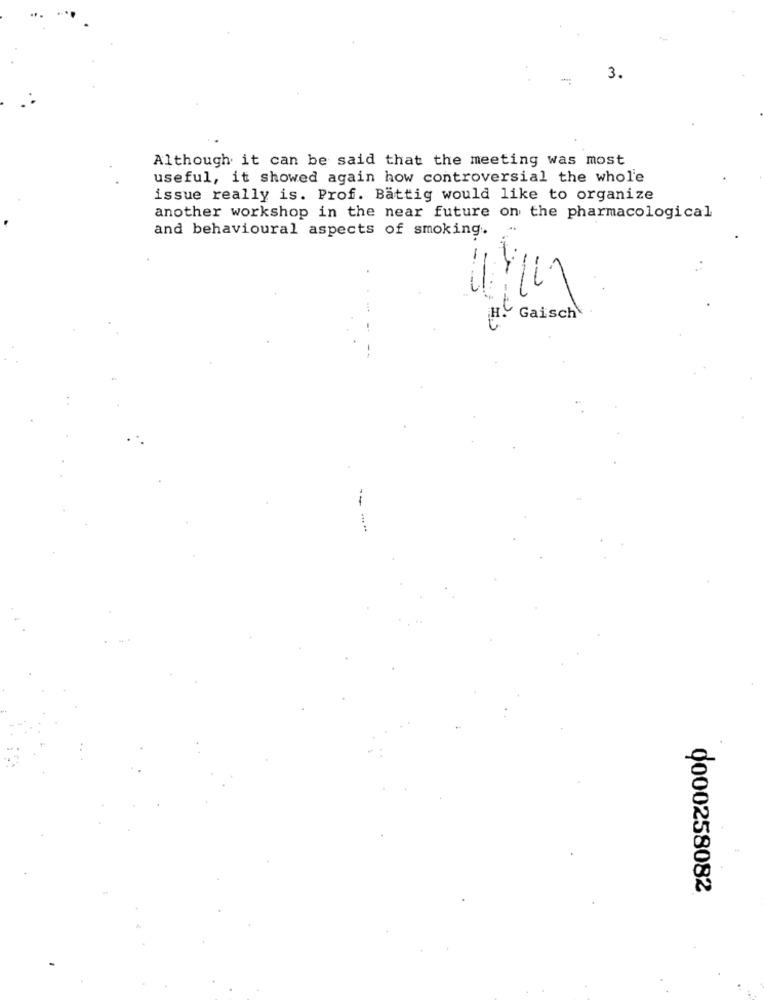
-
3.
Although it can be said that the meeting was most
useful, it showed again how controversial the whole
issue really is. Prof. Battig would like to organize
another workshop in the near future on the pharmacological
and behavioural aspects of smoking.
H.
Gaisch
0000258082